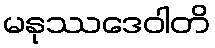
မနုဿဒေဝါတိ